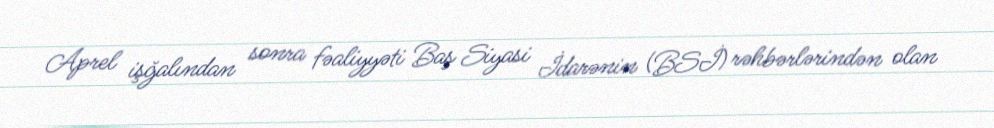
Aprel işğalından sonra fəaliyyəti Baş Siyasi İdarənin (BSİ) rəhbərlərindən olan